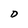
Character: D